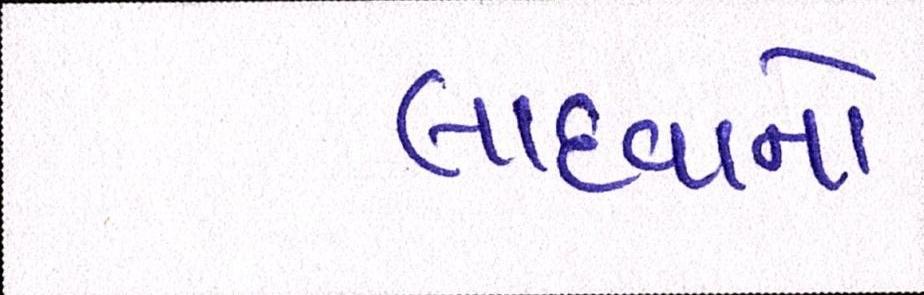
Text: લાદવાનો